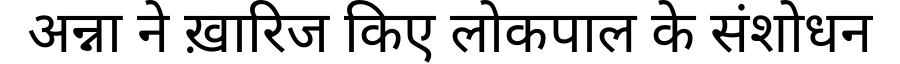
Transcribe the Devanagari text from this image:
अन्ना ने ख़ारिज किए लोकपाल के संशोधन